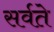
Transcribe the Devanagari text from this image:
सर्वते